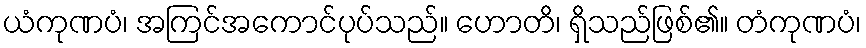
ယံကုဏပံ၊ အကြင်အကောင်ပုပ်သည်။ ဟောတိ၊ ရှိသည်ဖြစ်၏။ တံကုဏပံ၊